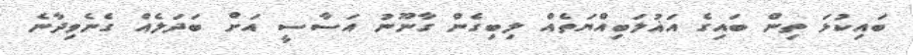
ބައިކުޅަ ތިން ބައިގެ އަޣުލަބިއްޔަތެއް ލިބިގެން ގާނޫނު އަސާސީ އަށް ބަދަލެއް ގެނެވިދާނެ